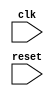
module dctlb(
  /* verilator lint_off UNUSED */
   input                           clk
  ,input                           reset
  /* verilator lint_on UNUSED */
);

endmodule